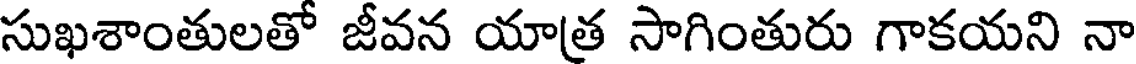
సుఖశాంతులతో జీవన యాత్ర సాగింతురు గాకయని నా